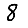
Digit: 8